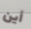
أين